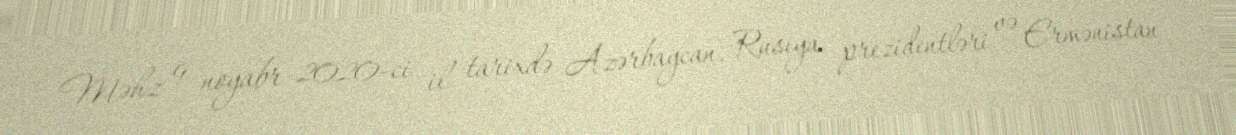
Məhz 9 noyabr 2020-ci il tarixdə Azərbaycan, Rusiya prezidentləri və Ermənistan